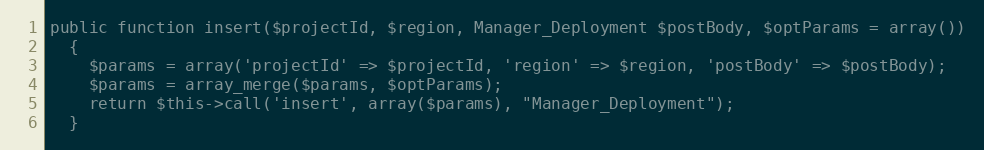
Language: PHP
public function insert($projectId, $region, Manager_Deployment $postBody, $optParams = array())
  {
    $params = array('projectId' => $projectId, 'region' => $region, 'postBody' => $postBody);
    $params = array_merge($params, $optParams);
    return $this->call('insert', array($params), "Manager_Deployment");
  }